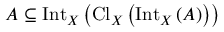
A \subseteq \operatorname { I n t } _ { X } \left( \operatorname { C l } _ { X } \left( \operatorname { I n t } _ { X } \left( A \right) \right) \right)